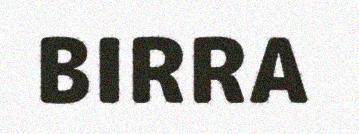
BIRRA